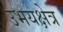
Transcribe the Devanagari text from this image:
उभयक्षेत्र